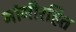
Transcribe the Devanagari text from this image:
नांगीरहित